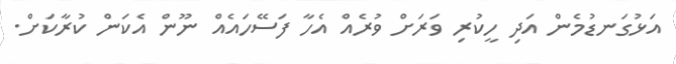
އަޅުގަނޑުމެން އަދި ހީކުރި ވަރަށް ވުރެއް އެހާ ފަސޭހައެއް ނޫން އެކަން ކުރާކަށް.